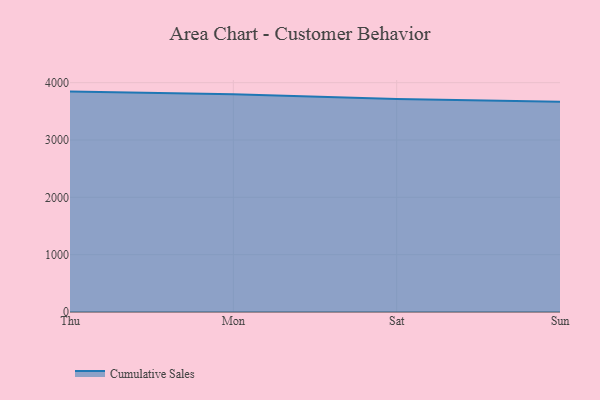
{"axis": {"x": "Day", "y": "Gross Profit (USD K)"}, "legend": ["Cumulative Sales"], "data": [{"x": "Thu", "y": 3843.9, "type": "Cumulative Sales"}, {"x": "Mon", "y": 3799.0, "type": "Cumulative Sales"}, {"x": "Sat", "y": 3715.8, "type": "Cumulative Sales"}, {"x": "Sun", "y": 3667.9, "type": "Cumulative Sales"}]}